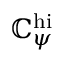
\mathbb { C } _ { \psi } ^ { \mathrm { { h i } } }